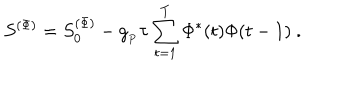
LaTeX: S ^ { ( \Phi ) } = S _ { 0 } ^ { ( \Phi ) } - g _ { _ P } \tau \sum _ { t = 1 } ^ { T } \Phi ^ { * } ( t ) \Phi ( t - 1 ) \ .